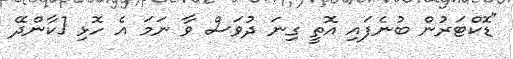
"ޑޮކްޓަރުން ބުނެފައި އޮތީ ގިނަ ދުވަސް ވާ ނަމަ އެ ހޮޅި [ކާންދޭ